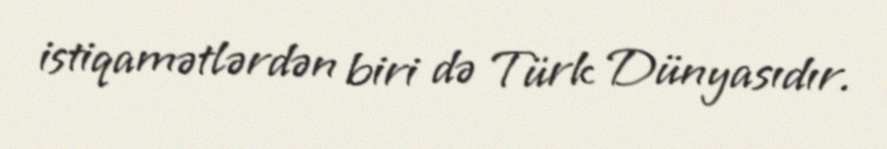
istiqamətlərdən biri də Türk Dünyasıdır.